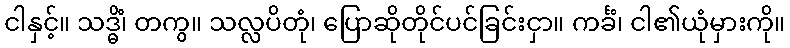
ငါနှင့်။ သဒ္ဓိံ၊ တကွ။ သလ္လပိတုံ၊ ပြောဆိုတိုင်ပင်ခြင်းငှာ။ ကင်္ခံ၊ ငါ၏ယုံမှားကို။